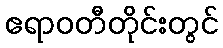
ဧရာဝတီတိုင်းတွင်